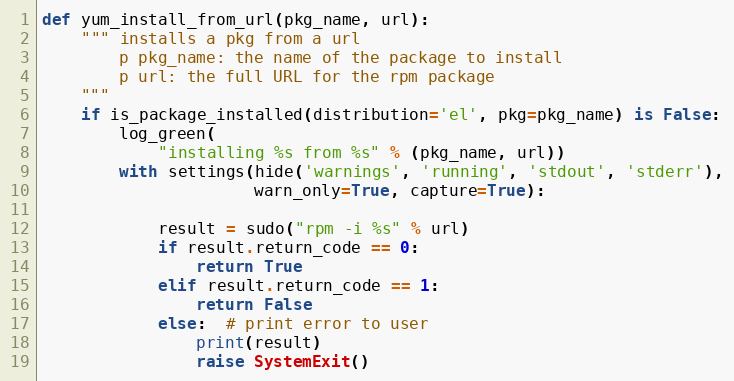
Language: Python
def yum_install_from_url(pkg_name, url):
    """ installs a pkg from a url
        p pkg_name: the name of the package to install
        p url: the full URL for the rpm package
    """
    if is_package_installed(distribution='el', pkg=pkg_name) is False:
        log_green(
            "installing %s from %s" % (pkg_name, url))
        with settings(hide('warnings', 'running', 'stdout', 'stderr'),
                      warn_only=True, capture=True):

            result = sudo("rpm -i %s" % url)
            if result.return_code == 0:
                return True
            elif result.return_code == 1:
                return False
            else:  # print error to user
                print(result)
                raise SystemExit()